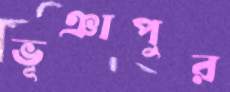
ভূঞাপুর